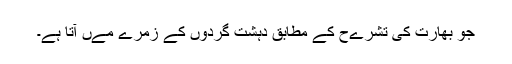
جو بھارت کی تشرےح کے مطابق دہشت گردوں کے زمرے مےں آتا ہے۔